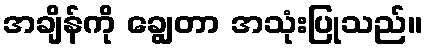
အချိန်ကို ချွေတာ အသုံးပြုသည်။